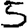
Digit: 5